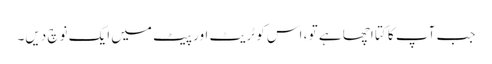
جب آپ کا کتا اچھا ہے تو ، اس کو ٹریٹ اور پیٹ میں ایک نوچ دیں۔